Civil Veterinary Dept. Bombay admin report 1923-31 - 1923-1931
Year: 1923
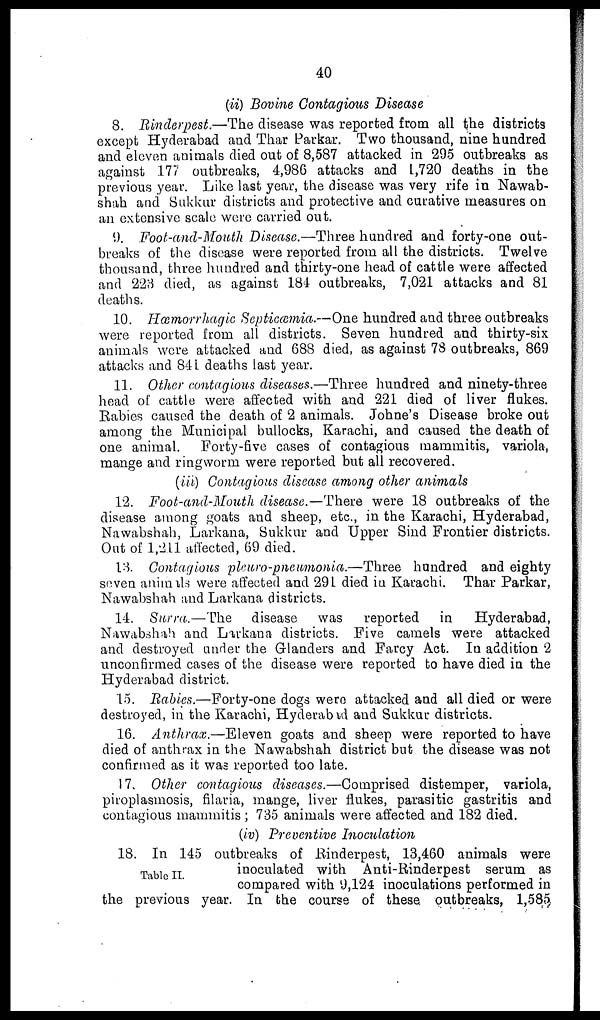
40
(ii) Bovine Contagious Disease
8. Rinderpest.—The disease was reported from all the districts
except Hyderabad and Thar Parkar. Two thousand, nine hundred
and eleven animals died out of 8,587 attacked in 295 outbreaks as
against 177 outbreaks, 4,986 attacks and 1,720 deaths in the
previous year. Like last year, the disease was very rife in Nawab-
shah and Sukkur districts and protective and curative measures on
an extensive scale were carried out.
9. Foot-and-Mouth Disease.—Three hundred and forty-one out-
breaks of the disease were reported from all the districts. Twelve
thousand, three hundred and thirty-one head of cattle were affected
and 223 died, as against 184 outbreaks, 7,021 attacks and 81
deaths.
10. Hæmorrhagic Septicæmia.—One hundred and three outbreaks
were reported from all districts. Seven hundred and thirty-six
animals were attacked and 688 died, as against 78 outbreaks, 869
attacks and 841 deaths last year.
11. Other contagious diseases.—Three hundred and ninety-three
head of cattle were affected with and 221 died of liver flukes.
Rabies caused the death of 2 animals. Johne's Disease broke out
among the Municipal bullocks, Karachi, and caused the death of
one animal. Forty-five cases of contagious mammitis, variola,
mange and ringworm were reported but all recovered.
(iii) Contagious disease among other animals
12. Foot-and-Mouth disease.—There were 18 outbreaks of the
disease among goats and sheep, etc., in the Karachi, Hyderabad,
Nawabshah, Larkana, Sukkur and Upper Sind Frontier districts.
Out of 1,211 affected, 69 died.
13. Contagious pleuro-pneumonia.—Three hundred and eighty
seven animals were affected and 291 died in Karachi. Thar Parkar,
Nawabshah and Larkana districts.
14. Surra.—The
disease was reported in
Hyderabad,
Nawabshah and Larkana districts. Five camels were attacked
and destroyed under the Glanders and Farcy Act. In addition 2
unconfirmed cases of the disease were reported to have died in the
Hyderabad district.
15. Rabies.—Forty-one dogs were attacked and all died or were
destroyed, in the Karachi, Hyderabad and Sukkur districts.
16. Anthrax.—Eleven goats and sheep were reported to have
died of anthrax in the Nawabshah district but the disease was not
confirmed as it was reported too late.
17. Other contagious diseases.—Comprised distemper, variola,
piroplasmosis, filaria, mange, liver flukes, parasitic gastritis and
contagious mammitis; 735 animals were affected and 182 died.
(iv) Preventive Inoculation
Table II.
18. In 145 outbreaks of Rinderpest, 13,460 animals were
inoculated with Anti-Rinderpest serum as
compared with 9,124 inoculations performed in
the previous year. In the course of these outbreaks, 1,585